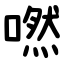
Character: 嘫